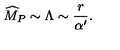
{ \widehat M } _ { P } \sim \Lambda \sim { \frac { r } { \alpha ^ { \prime } } } .